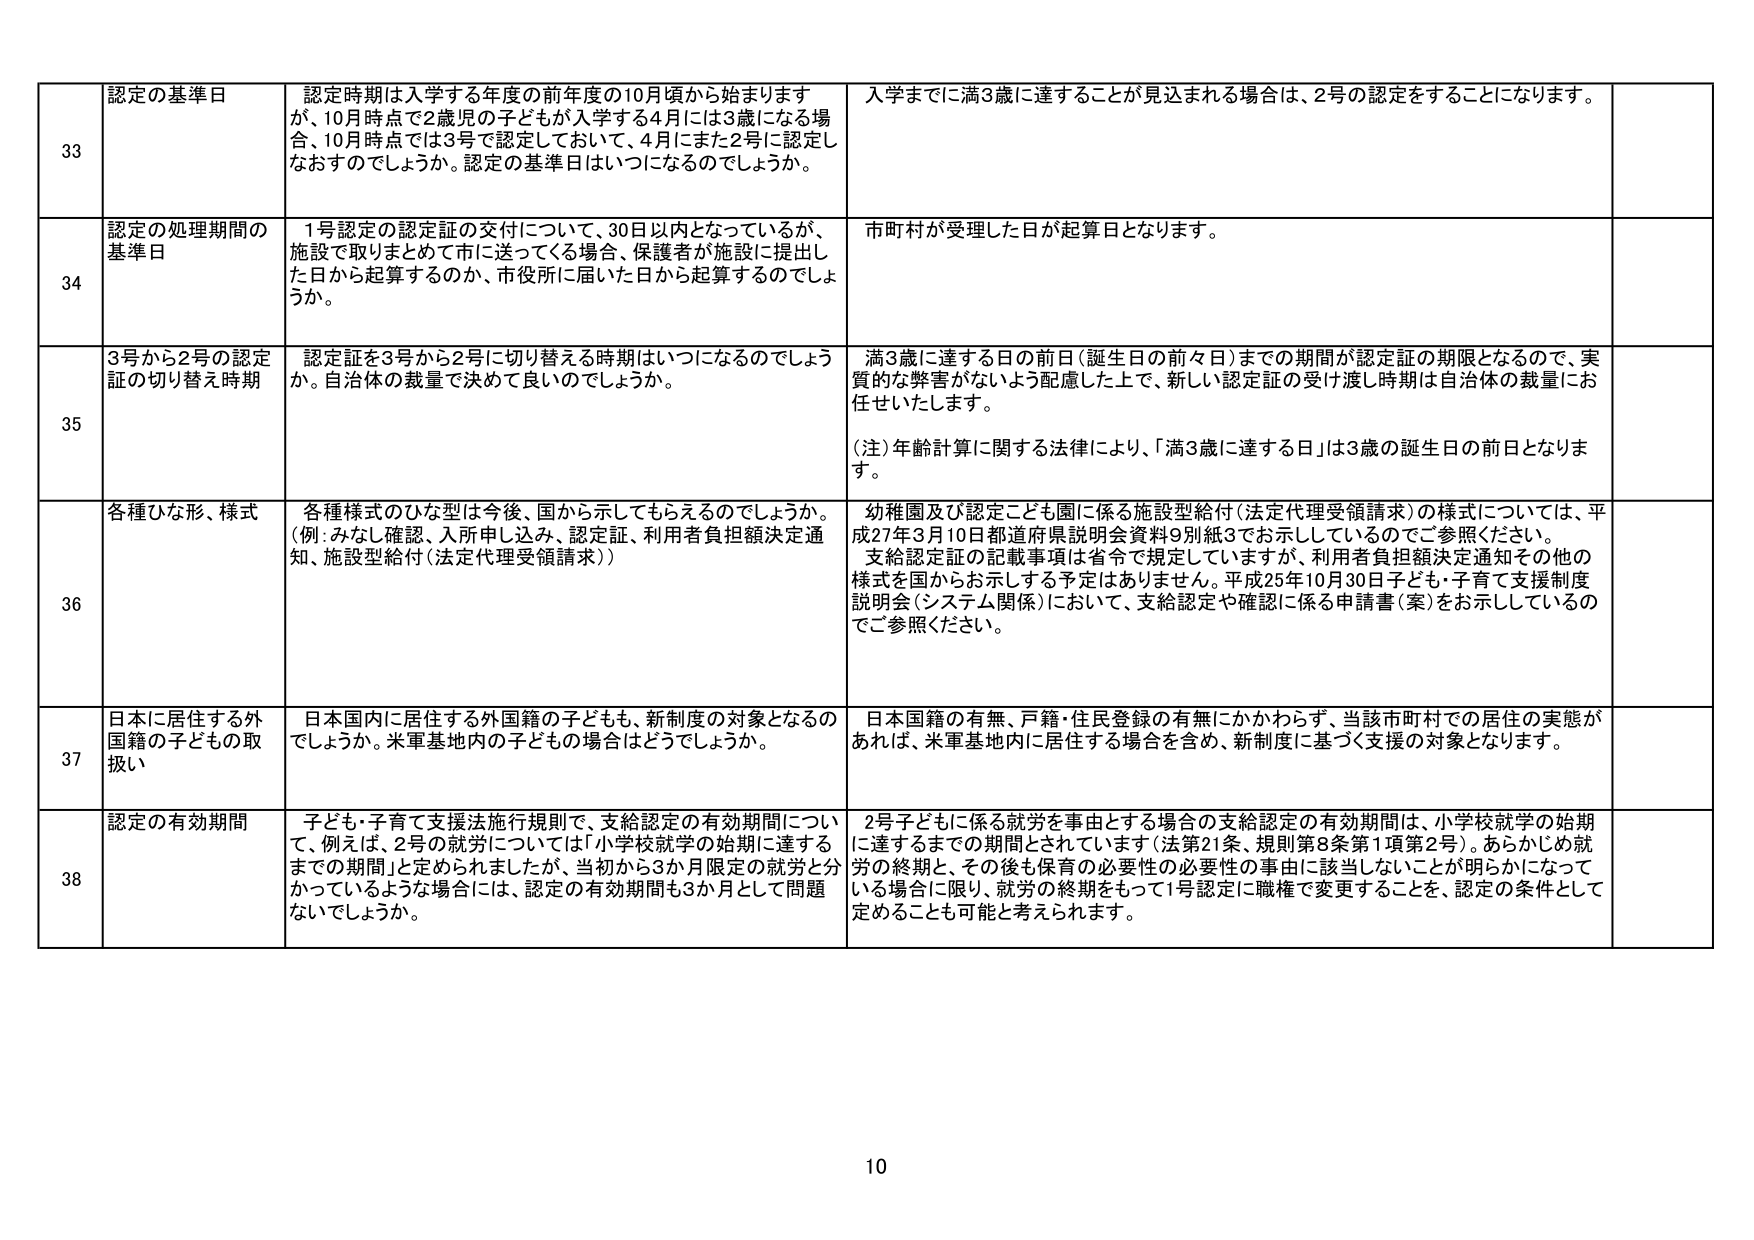
33 認定の基準日 認定時期は入学する年度の前年度の10月頃から始まりますが、10月時点で2歳児の子どもが入学する4月には3歳になる場合、10月時点では3号で認定しておいて、4月にまた2号に認定しなおすのでしょうか。認定の基準日はいつになるのでしょうか。 入学までに満3歳に達することが見込まれる場合は、2号の認定をすることになります。

34 認定の処理期間の基準日 1号認定の認定証の交付について、30日以内となっているが、施設で取りまとめて市に送ってくる場合、保護者が施設に提出した日から起算するのか、市役所に届いた日から起算するのでしょうか。 市町村が受理した日が起算日となります。

35 3号から2号の認定証の切り替え時期 認定証を3号から2号に切り替える時期はいつになるのでしょうか。自治体の裁量で決めて良いのでしょうか。 満3歳に達する日の前日（誕生日の前々日）までの期間が認定証の期限となるので、実質的な弊害がないよう配慮した上で、新しい認定証の受け渡し時期は自治体の裁量にお任せいたします。 （注）年齢計算に関する法律により、「満3歳に達する日」は3歳の誕生日の前日となります。

36 各種ひな形、様式 各種様式のひな型は今後、国から示してもらえるのでしょうか。（例：みなし確認、入所申し込み、認定証、利用者負担額決定通知、施設型給付（法定代理受領請求）） 幼稚園及び認定こども園に係る施設型給付（法定代理受領請求）の様式については、平成27年3月10日都道府県説明会資料9別紙3でお示ししているのでご参照ください。支給認定証の記載事項は省令で規定していますが、利用者負担額決定通知その他の様式を国からお示しする予定はありません。平成25年10月30日子ども・子育て支援制度説明会（システム関係）において、支給認定や確認に係る申請書（案）をお示しているのでご参照ください。

37 日本に居住する外国籍の子どもの取扱い 日本国内に居住する外国籍の子どもも、新制度の対象となるのでしょうか。米軍基地内の子どもの場合はどうでしょうか。 日本国籍の有無、戸籍・住民登録の有無にかかわらず、当該市町村での居住の実態があれば、米軍基地内に居住する場合を含め、新制度に基づく支援の対象となります。

38 認定の有効期間 子ども・子育て支援法施行規則で、支給認定の有効期間について、例えば、2号の就労については「小学校就学の始期に達するまでの期間」と定められましたが、当初から3か月限定の就労と分かっているような場合には、認定の有効期間も3か月として問題ないでしょうか。 2号子どもに係る就労を事由とする場合の支給認定の有効期間は、小学校就学の始期に達するまでの期間とされています（法第21条、規則第8条第1項第2号）。あらかじめ就労の終期と、その後も保育の必要性の必要性の事由に該当しないことが明らかになっている場合に限り、就労の終期をもって1号認定に職権で変更することを、認定の条件として定めることも可能と考えられます。

10